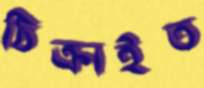
ঠিক্‌রাইত